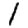
Digit: 1